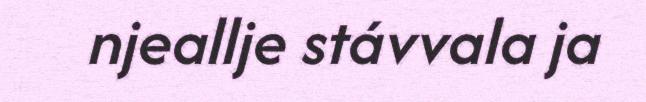
njeallje stávvala ja